Report of an investigation in regard to the prevalence of stegomyia and other mosquitoes in Karachi, and the measures necessary for their control
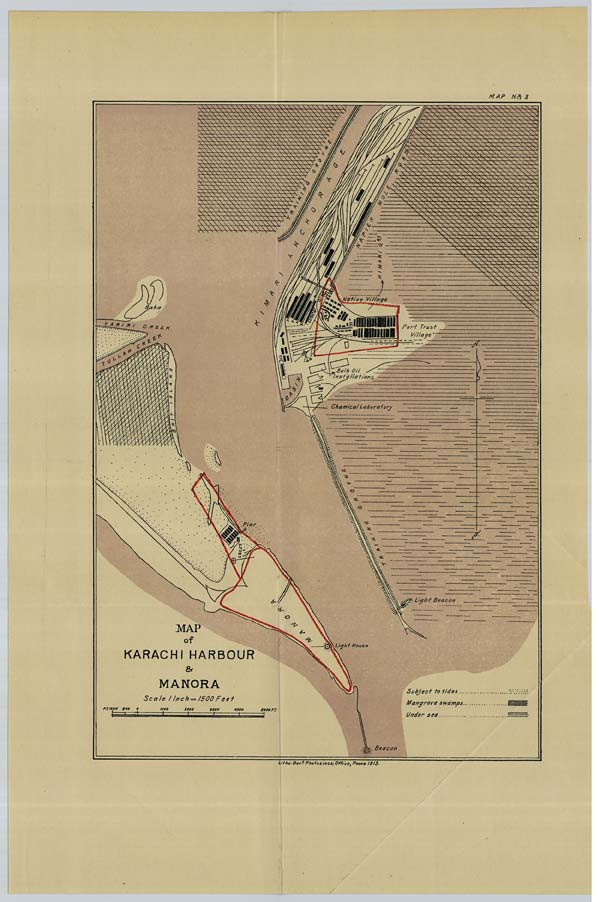
MAP No: 3
Litho: Govt. Photozinco; Office, Poona, 1913.